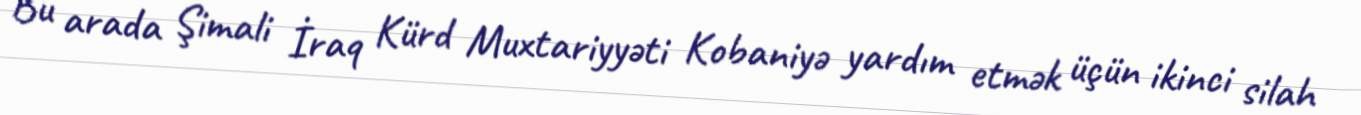
Bu arada Şimali İraq Kürd Muxtariyyəti Kobaniyə yardım etmək üçün ikinci silah